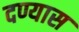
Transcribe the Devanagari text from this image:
दण्यास